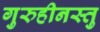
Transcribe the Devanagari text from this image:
गुरुहीनस्तु